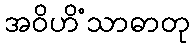
အဝိဟိံသာဓာတု